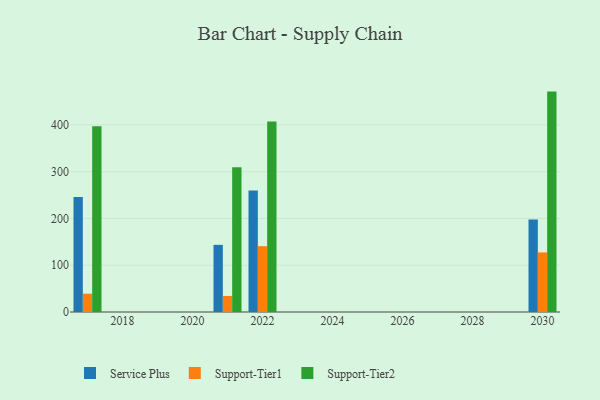
{"axis": {"x": "Year", "y": "Latency (ms)"}, "legend": ["Service Plus", "Support-Tier1", "Support-Tier2"], "data": [{"x": "2030", "y": 197.7, "type": "Service Plus"}, {"x": "2030", "y": 127.3, "type": "Support-Tier1"}, {"x": "2030", "y": 471.1, "type": "Support-Tier2"}, {"x": "2022", "y": 259.6, "type": "Service Plus"}, {"x": "2022", "y": 140.7, "type": "Support-Tier1"}, {"x": "2022", "y": 407.1, "type": "Support-Tier2"}, {"x": "2021", "y": 143.5, "type": "Service Plus"}, {"x": "2021", "y": 34.3, "type": "Support-Tier1"}, {"x": "2021", "y": 309.5, "type": "Support-Tier2"}, {"x": "2017", "y": 245.7, "type": "Service Plus"}, {"x": "2017", "y": 39.2, "type": "Support-Tier1"}, {"x": "2017", "y": 397.3, "type": "Support-Tier2"}]}